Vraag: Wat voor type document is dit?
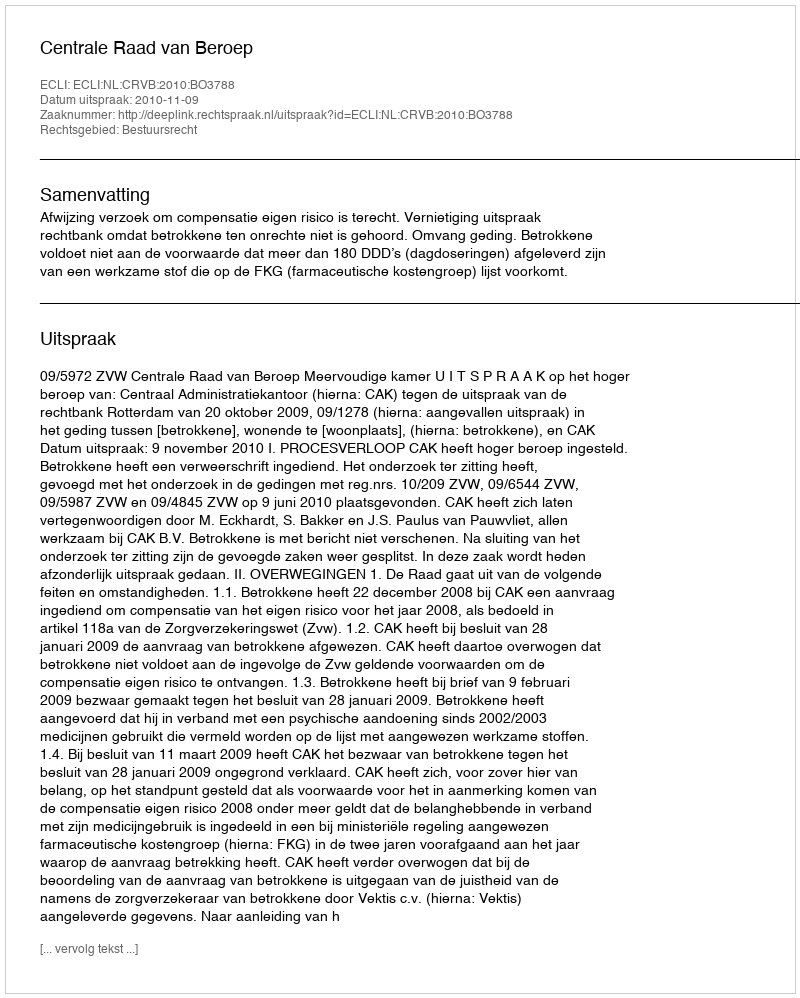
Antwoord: Uitspraak